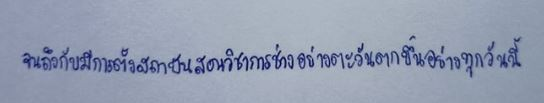
จนถึงกับมีการตั้งสถาบันสอนวิชาการช่างอย่างตะวันตกขึ้นอย่างทุกวันนี้